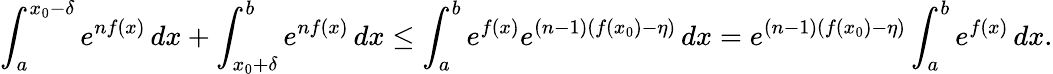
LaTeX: \int_{a}^{x_{0}-\delta}e^{nf(x)}\, dx+\int_{x_{0}+\delta}^{b}e^{nf(x)}\, dx\leq\int_{a}^{b}e^{f(x)}e^{(n-1)(f(x_{0})-\eta)}\, dx=e^{(n-1)(f(x_{0})-\eta)}\int_{a}^{b}e^{f(x)}\, dx.